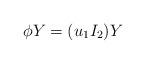
LaTeX: \begin{gather*}\phi Y=(u_{1} I_{2}) Y\end{gather*}